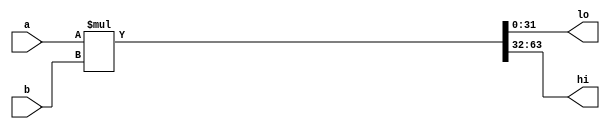
module multiply(
  input [31:0] a,
  input [31:0] b,
  output [31:0] lo,
  output [31:0] hi
);

  reg [31:0] a_reg, b_reg;
  reg [63:0] mult_result;

  always @* begin
    a_reg = a;
    b_reg = b;
    mult_result = a_reg * b_reg;
  end

  assign lo = mult_result[31:0];
  assign hi = mult_result[63:32];

endmodule